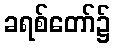
ခရစ်တော်၌